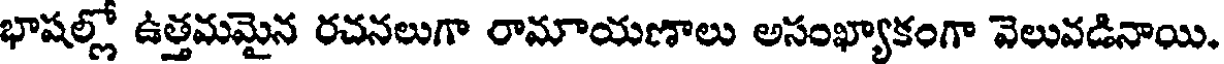
భాషల్లో ఉత్తమమైన రచనలుగా రామాయణాలు అసంఖ్యాకంగా వెలువడినాయి.